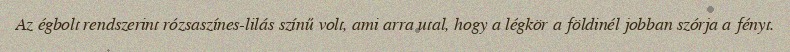
Az égbolt rendszerint rózsaszínes-lilás színű volt, ami arra utal, hogy a légkör a földinél jobban szórja a fényt.